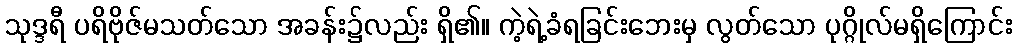
သုဒ္ဒရီ ပရိဗိုဇ်မသတ်သော အခန်း၌လည်း ရှိ၏။ ကဲ့ရဲ့ခံရခြင်းဘေးမှ လွတ်သော ပုဂ္ဂိုလ်မရှိကြောင်း